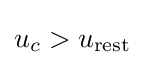
u_{c}>u_{\text{rest}}